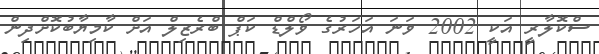
ސްކޮލާރީ އަކީ 2002 ވަނަ އަހަރުގެ ވޯލްޑް ކަޕް ބްރެޒިލް އަށް ކާމިޔާބުކޮށްދިން